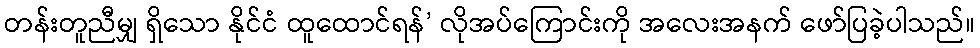
တန်းတူညီမျှ ရှိသော နိုင်ငံ ထူထောင်ရန်’ လိုအပ်ကြောင်းကို အလေးအနက် ဖော်ပြခဲ့ပါသည်။